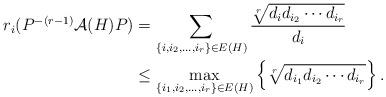
LaTeX: \begin{align*}r_i(P^{-(r-1)}\mathcal{A}(H)P) & =\sum_{\{i,i_2,\ldots,i_r\}\in E(H)}\frac{\sqrt[r]{d_id_{i_2}\cdots d_{i_r}}}{d_i} \\& \leq\max_{\{i_1,i_2,\ldots,i_r\}\in E(H)}\left\{\sqrt[r]{d_{i_1}d_{i_2}\cdots d_{i_r}}\right\}.\end{align*}